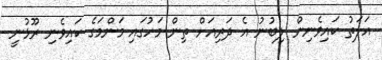
އަލަތު ކައިވެނިން ލިބުނު އެ ދަރިއަށް ތިން މަހުގައި މަންމަގެ ކައިވެނި ރޫޅުނީ